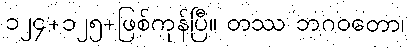
၁၂၄+၁၂၅+ဖြစ်ကုန်ပြီ။ တဿ ဘဂဝတော၊